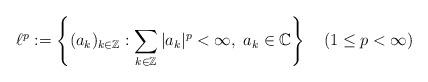
LaTeX: \begin{align*}\ell^p:=\left\{(a_k)_{k\in\mathbb{Z}}:\sum_{k\in\mathbb{Z}}|a_k|^p<\infty,~a_k\in\mathbb{C}\right\}\quad(1\le p<\infty)\end{align*}